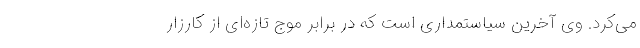
می‌کرد. وی آخرین سیاستمداری است که در برابر موج تازه‌ای از کارزار